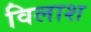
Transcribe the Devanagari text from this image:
विलाश